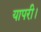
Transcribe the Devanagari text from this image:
यापरी।